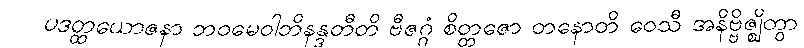
ပဒတ္ထယောဇနာ ဘဝမေဝါဘိနန္ဒတီတိ ဗီဇဂ္ဂံ စိတ္တဇော တနောတိ ဝေသီ အနိဗ္ဗိဇ္ဈိတွာ